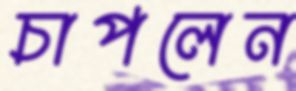
চাপলেন